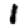
Digit: 1